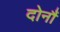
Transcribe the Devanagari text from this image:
दोनौं